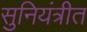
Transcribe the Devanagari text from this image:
सुनियंत्रीत